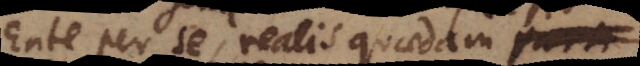
Ente per se, realis quaedam parti